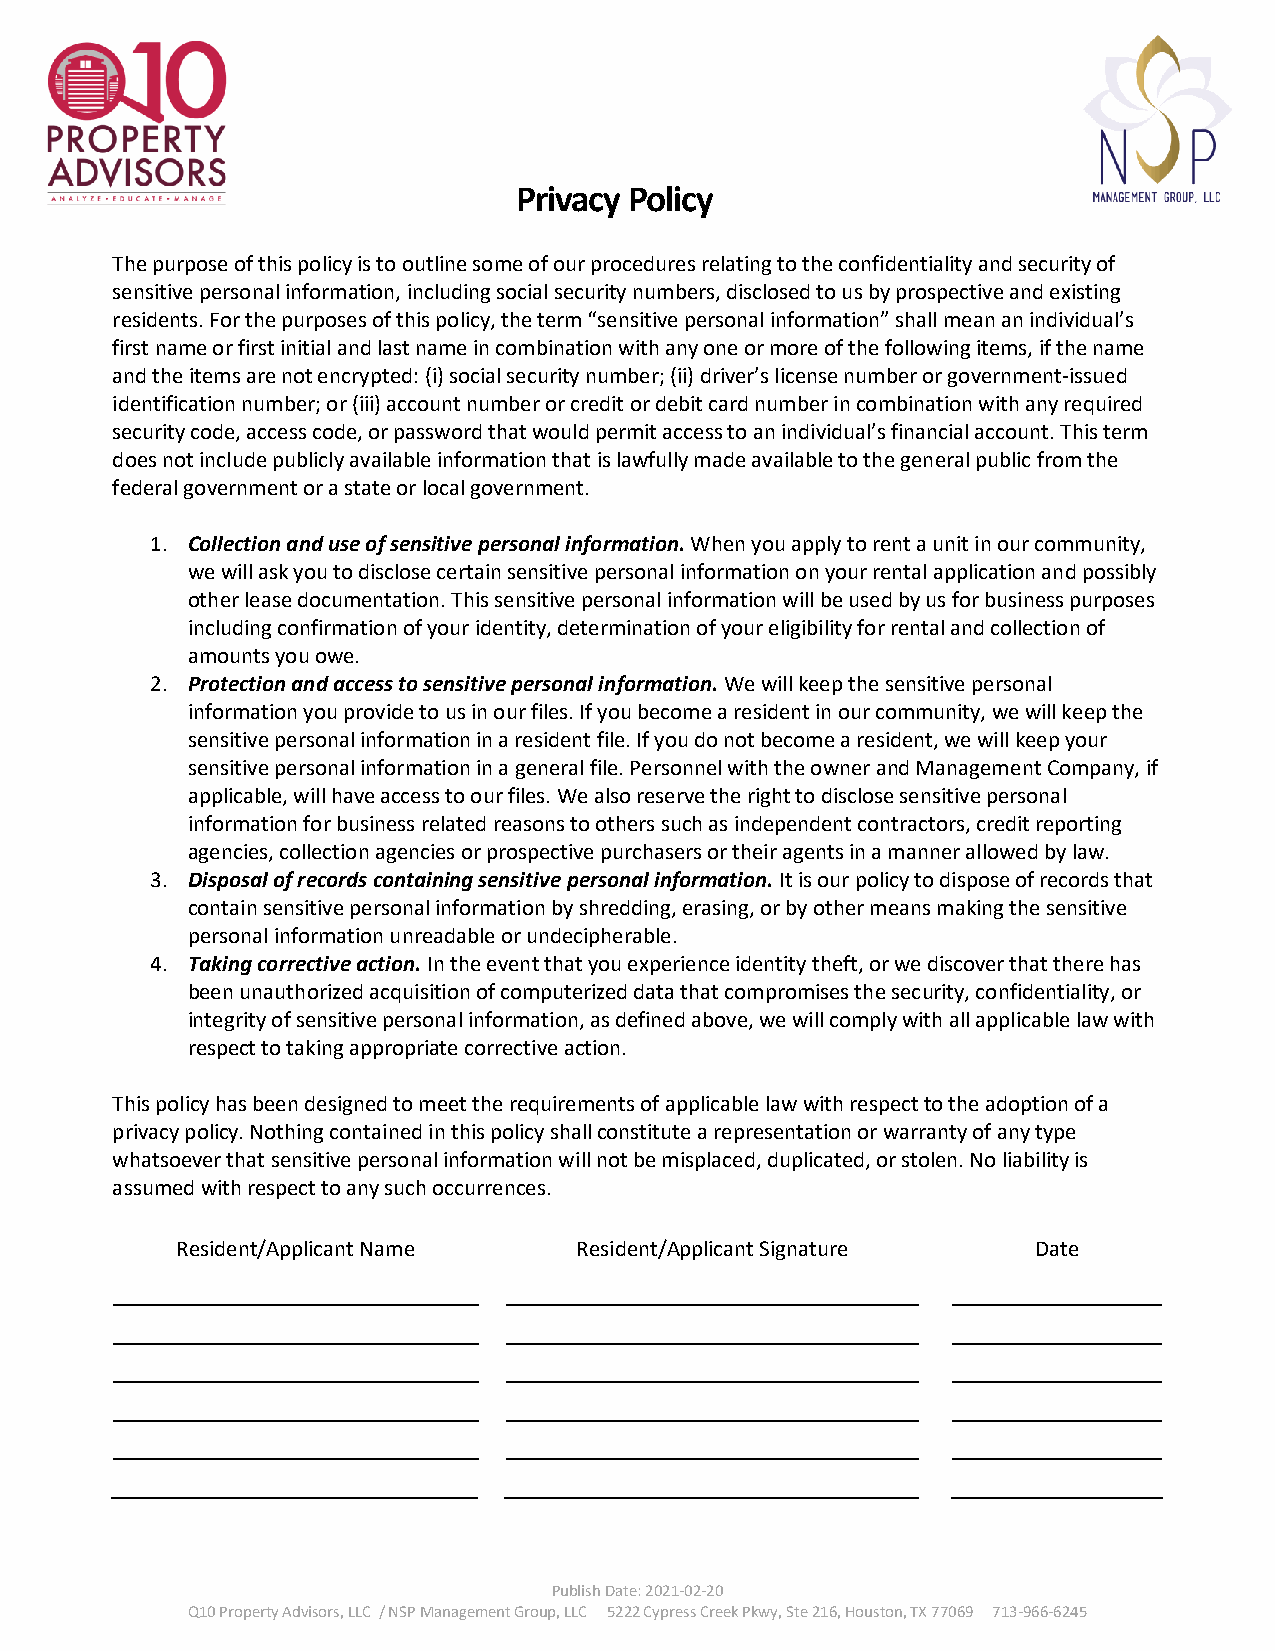
Privacy Policy
 The purpose of this policy is to outline some of our procedures relating to the confidentiality and security of
 sensitive personal information, including social security numbers, disclosed to us by prospective and existing
 residents. For the purposes of this policy, the term “sensitive personal information” shall mean an individual’s
 first name or first initial and last name in combination with any one or more of the following items, if the name
 and the items are not encrypted: (i) social security number; (ii) driver’s license number or government-issued
 identification number; or (iii) account number or credit or debit card number in combination with any required
 security code, access code, or password that would permit access to an individual’s financial account. This term
 does not include publicly available information that is lawfully made available to the general public from the
 federal government or a state or local government.
 1. Collection and use of sensitive personal information. When you apply to rent a unit in our community,
 we will ask you to disclose certain sensitive personal information on your rental application and possibly
 other lease documentation. This sensitive personal information will be used by us for business purposes
 including confirmation of your identity, determination of your eligibility for rental and collection of
 amounts you owe.
 2. Protection and access to sensitive personal information. We will keep the sensitive personal
 information you provide to us in our files. If you become a resident in our community, we will keep the
 sensitive personal information in a resident file. If you do not become a resident, we will keep your
 sensitive personal information in a general file. Personnel with the owner and Management Company, if
 applicable, will have access to our files. We also reserve the right to disclose sensitive personal
 information for business related reasons to others such as independent contractors, credit reporting
 agencies, collection agencies or prospective purchasers or their agents in a manner allowed by law.
 3. Disposal of records containing sensitive personal information. It is our policy to dispose of records that
 contain sensitive personal information by shredding, erasing, or by other means making the sensitive
 personal information unreadable or undecipherable.
 4. Taking corrective action. In the event that you experience identity theft, or we discover that there has
 been unauthorized acquisition of computerized data that compromises the security, confidentiality, or
 integrity of sensitive personal information, as defined above, we will comply with all applicable law with
 respect to taking appropriate corrective action.
 This policy has been designed to meet the requirements of applicable law with respect to the adoption of a
 privacy policy. Nothing contained in this policy shall constitute a representation or warranty of any type
 whatsoever that sensitive personal information will not be misplaced, duplicated, or stolen. No liability is
 assumed with respect to any such occurrences.
 Resident/Applicant Name   Resident/Applicant Signature   Date
 Publish Date: 2021-02-20
 Q10 Property Advisors, LLC / NSP Management Group, LLC 5222 Cypress Creek Pkwy, Ste 216, Houston, TX 77069 713-966-6245